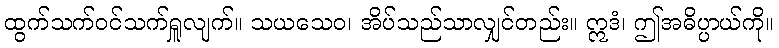
ထွက်သက်ဝင်သက်ရှူလျက်။ သယသေဝ၊ အိပ်သည်သာလျှင်တည်း။ ဣဒံ၊ ဤအဓိပ္ပာယ်ကို။